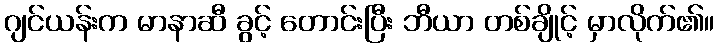
ဂျင်ယန်းက မာနာဆီ ခွင့် တောင်းပြီး ဘီယာ တစ်ချိုင့် မှာလိုက်၏။